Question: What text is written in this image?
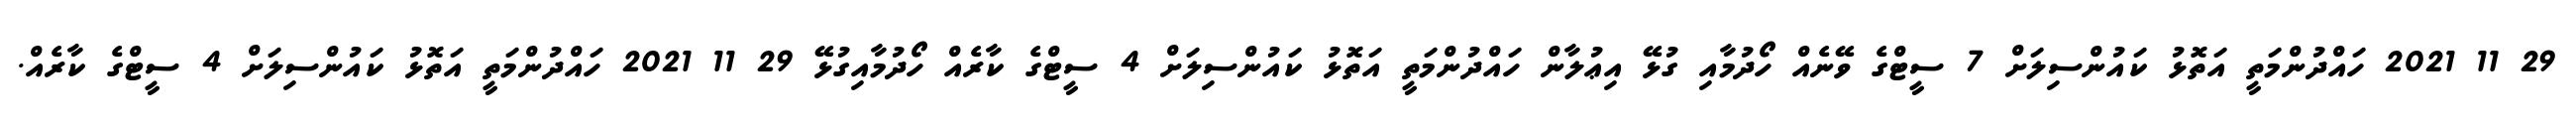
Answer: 29 11 2021 ހައްދުންމަތީ އަތޮޅު ކައުންސިލަށް 7 ސީޓްގެ ވޭނެއް ހޯދުމާއި ގުޅޭ އިޢުލާން ހައްދުންމަތީ އަތޮޅު ކައުންސިލަށް 4 ސީޓްގެ ކާރެއް ހޯދުމާއިގުޅޭ 29 11 2021 ހައްދުންމަތީ އަތޮޅު ކައުންސިލަށް 4 ސީޓްގެ ކާރެއް.